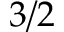
3 / 2